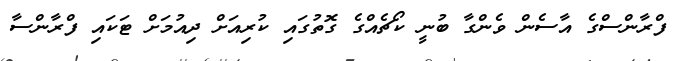
ފްރާންސްގެ އާސެން ވެންގާ ބުނީ ކޯޗެއްގެ ގޮތުގައި ކުރިއަށް ދިއުމަށް ޓަކައި ފްރާންސާ